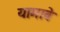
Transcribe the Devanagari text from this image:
यामाबे